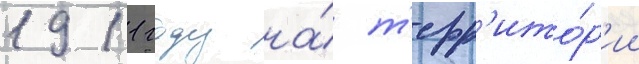
1911 году на́ т'ерр'ито́р'ии